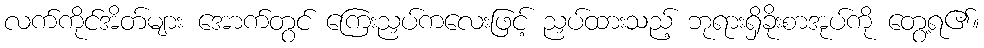
လက်ကိုင်အိတ်များ အောက်တွင် ကြေးညှပ်ကလေးဖြင့် ညှပ်ထားသည့် ဘုရားရှိခိုးစာအုပ်ကို တွေ့ရ၏။